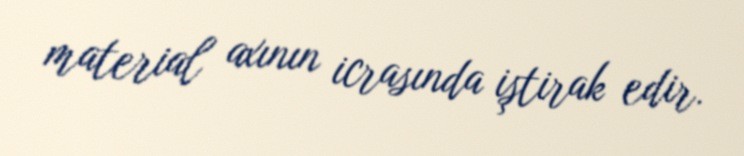
material axının icrasında iştirak edir.